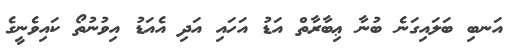
އަނބި ބަލައިގަނެ ބުނާ ޢިބާރާތް އަޑު އަހައި އަދި އެއަޑު އިވުނުތޯ ކައިވެނީގެ